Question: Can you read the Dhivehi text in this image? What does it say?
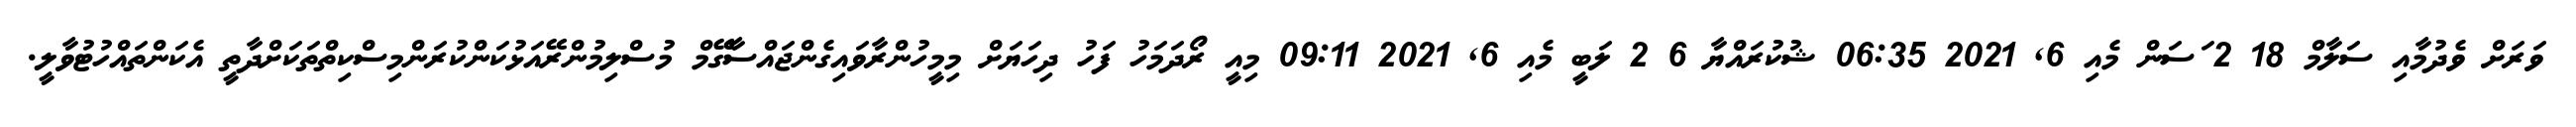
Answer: ވަރަށް ވެދުމާއި ސަލާމް 18 2 ަސަން މެއި 6, 2021 06:35 ޝުކުރައްޔާ 6 2 ލަބީ މެއި 6, 2021 09:11 މިއީ ރޯދަމަހު ފަހު ދިހަޔަށް މިމީހުންރާވައިގެންޖައްސާގޭމް މުސްލިމުންރޭއަޅުކަންކުރަންމިސްކިތްތަކަށްދާތީ އެކަންތައްހުޓުވާލީ.